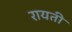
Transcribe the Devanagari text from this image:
रायती